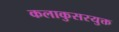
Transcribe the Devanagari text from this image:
कलाकुसरयुक्त